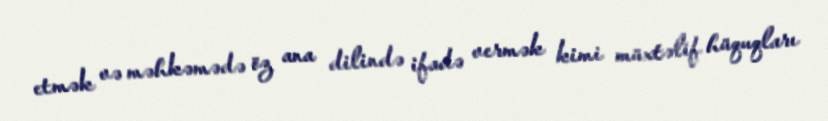
etmək və məhkəmədə öz ana dilində ifadə vermək kimi müxtəlif hüquqları